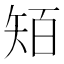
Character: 𥏄